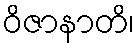
ဝိဇာနာတိ၊